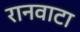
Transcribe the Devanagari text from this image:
रानवाटा